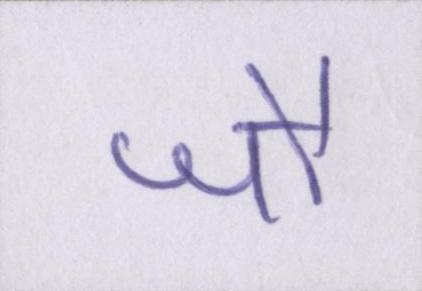
जौ